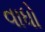
વાધો